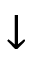
\downarrow